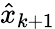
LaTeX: \hat{x}_{k+1}